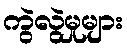
ကွဲလွဲမှုများ